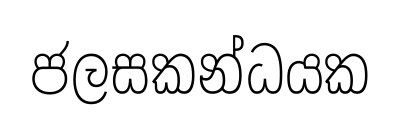
ජලසකන්ධයක